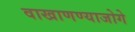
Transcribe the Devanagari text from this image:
वाखाणण्याजोगे